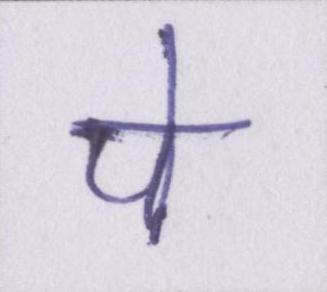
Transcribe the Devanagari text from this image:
पे